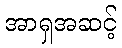
အာရှအဆင့်